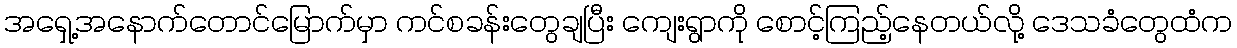
အရှေ့အနောက်တောင်မြောက်မှာ ကင်စခန်းတွေချပြီး ကျေးရွာကို စောင့်ကြည့်နေတယ်လို့ ဒေသခံတွေထံက